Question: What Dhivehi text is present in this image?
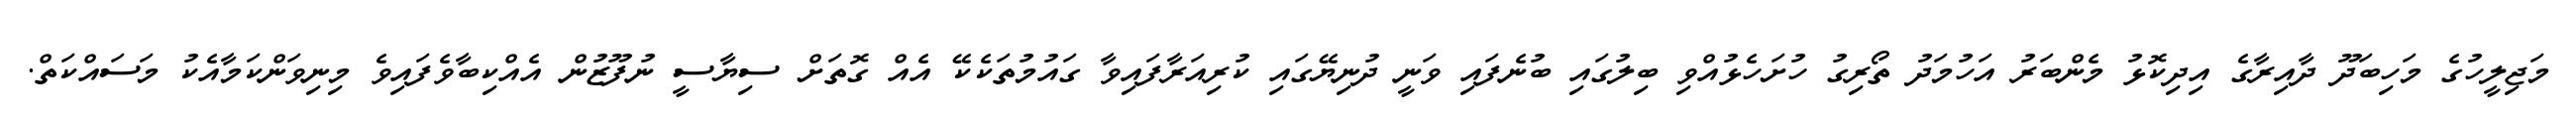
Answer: މަޖިލީހުގެ މަހިބަދޫ ދާއިރާގެ އިދިކޮޅު މެންބަރު އަހުމަދު ތޯރިގު ހުށަހެޅުއްވި ބިލުގައި ބުނެފައި ވަނީ ދުނިޔޭގައި ކުރިއަރާފައިވާ ގައުމުތަކެކޭ އެއް ގޮތަށް ސިޔާސީ ނުފޫޒުން އެއްކިބާވެފައިވެ މިނިވަންކަމާއެކު މަސައްކަތް.